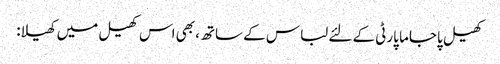
کھیل پاجاما پارٹی کے لئے لباس کے ساتھ، بھی اس کھیل میں کھیلا: